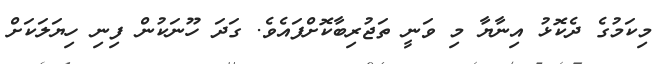
މިކަމުގެ ދެކޮޅު އިނާޔާ މި ވަނީ ތަޖުރިބާކޮށްފައެވެ. ގަދަ ހޫނަކުން ފިނި ހިޔަލަކަށް